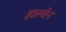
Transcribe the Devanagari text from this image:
हाल्वेन